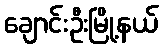
ချောင်းဦးမြို့နယ်